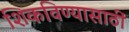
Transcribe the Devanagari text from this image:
शिकविण्यासाठीं